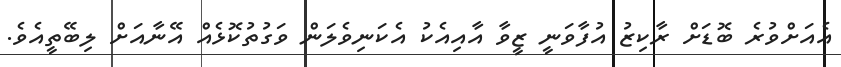
އެއަށްވުރެ ބޮޑަށް ރާކިޒު އުފާވަނީ ޒީވާ އާއިއެކު އެކަނިވެލަން ވަގުތުކޮޅެއް އޭނާއަށް ލިބޭތީއެވެ.